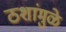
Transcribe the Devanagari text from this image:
ठशांमुळे